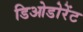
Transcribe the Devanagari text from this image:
डिओडोरेंट